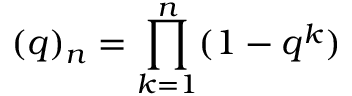
( q ) _ { n } = \prod _ { k = 1 } ^ { n } ( 1 - q ^ { k } )